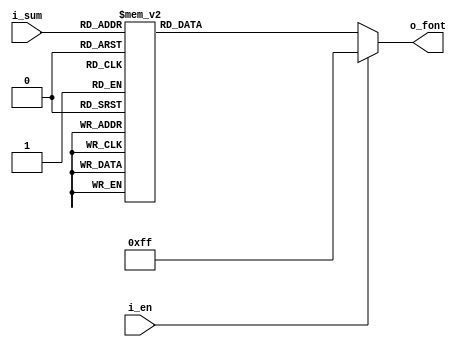
`timescale 1ns / 1ps



module BCD_to_FND_Decoder
(
    input [3:0] i_sum,
    input i_en,

    output [7:0] o_font

);


    // reg [3:0] r_digit;

    // assign o_digit = r_digit;    // reg : memory 

    // always @(i_digitSelect or i_en) begin   // ?? ()?? ??? ??,  (a,b) = (a or b)
    //     if (i_en) begin
    //         r_digit = 4'b1111;
    //     end
    //     else begin
    //         case (i_digitSelect)
    //             2'h0 : r_digit = 4'b1110;        // h0 : 16bit
    //             2'h1 : r_digit = 4'b1101;
    //             2'h2 : r_digit = 4'b1011;
    //             2'h3 : r_digit = 4'b0111;
    //         endcase
    //     end

    // end


    reg [7:0] r_font;
    assign o_font = r_font;

    always @(i_sum or i_en) begin
        if (i_en) begin
            r_font = 8'hff;
        end

        else begin
            case (i_sum)
                4'h0 : r_font = 8'hc0;
                4'h1 : r_font = 8'hf9;
                4'h2 : r_font = 8'ha4;
                4'h3 : r_font = 8'hb0;
                4'h4 : r_font = 8'h99;
                4'h5 : r_font = 8'h92;
                4'h6 : r_font = 8'h82;
                4'h7 : r_font = 8'hf8;
                4'h8 : r_font = 8'h80;
                4'h9 : r_font = 8'h90;
                default r_font = 8'hff;   // Latch ?
            endcase
        end

    end


endmodule